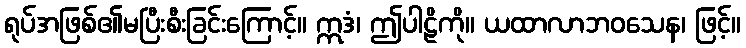
ရုပ်အဖြစ်၏မပြီးစီးခြင်းကြောင့်။ ဣဒံ၊ ဤပါဠိကို။ ယထာလာဘဝသေန၊ ဖြင့်။